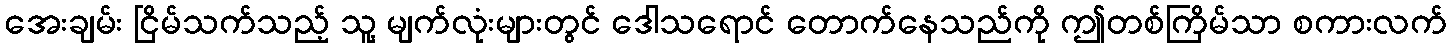
အေးချမ်း ငြိမ်သက်သည့် သူ့ မျက်လုံးများတွင် ဒေါသရောင် တောက်နေသည်ကို ဤတစ်ကြိမ်သာ စကားလက်